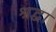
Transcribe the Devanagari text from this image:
श्रद्वा